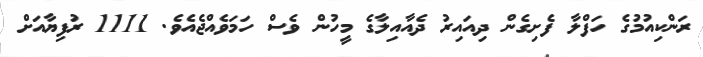
ރަންކިއުމުގެ ހަފްލާ ފެށިގެން ދިއައިރު ދެއާއިލާގެ މީހުން ވެސް ހަމަވެއްޖެއެވެ. 1111 ރުފިޔާއަށް